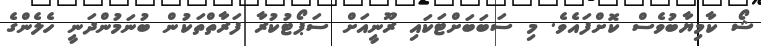
ޝޯ ކާމިޔާބުވެސް ކޮށްފައެވެ. މި ސަބަބަށްޓަކައި ރޫނީއަށް ސަޕޯޓުކުރާ ފަރާތްތަކުން ބުނަމުންދަނީ ހެލެންގެ